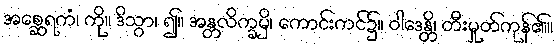
အစ္ဆေရကံ၊ ကို။ ဒိသွာ၊ ၍။ အန္တလိက္ခမှိ၊ ကောင်းကင်၌။ ဝါဒေန္တိ၊ တီးမှုတ်ကုန်၏။